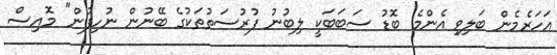
އަހަރެމެން ބަލިވި އެންމެ ބޮޑު ސަބަބަކީ ލިބުނު ފުރުސަތުތަކުގެ ބޭނުން ނުހިފުން" މޮއިސް